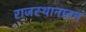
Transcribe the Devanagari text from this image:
राजस्थानातन